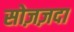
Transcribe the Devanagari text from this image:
सोज़ज़दा